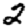
Digit: 2